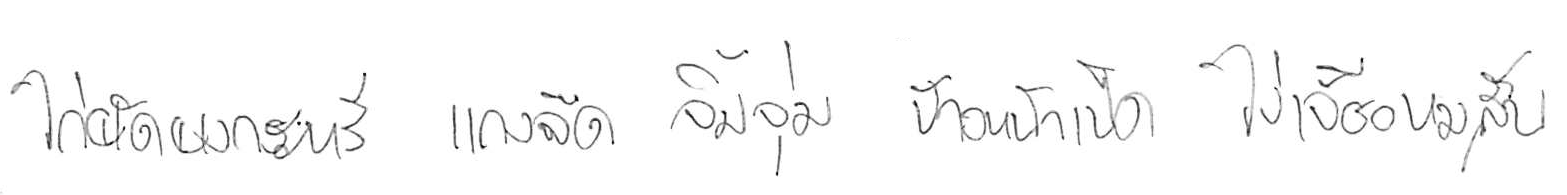
ไก่ผัดผงกะหรี่ แกงจืด จิ้มจุ่ม ข้าวหน้าเป็ด ไข่เจียวหมูสับ